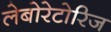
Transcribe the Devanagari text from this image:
लेबोरेटोरिज